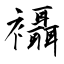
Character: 襵